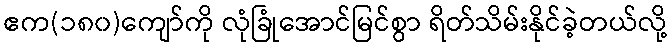
ဧက(၁၈၀)ကျော်ကို လုံခြုံအောင်မြင်စွာ ရိတ်သိမ်းနိုင်ခဲ့တယ်လို့